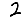
Digit: 2